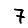
Digit: 7